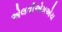
એલવીએમએચ